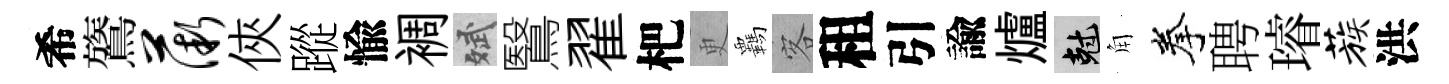
希鷟薇俠蹤愉裯斌鷖翟杷更覊客租引諭爐剋角拳聘璿蔟洪